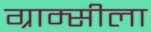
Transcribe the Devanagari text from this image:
ग्राम्सीला